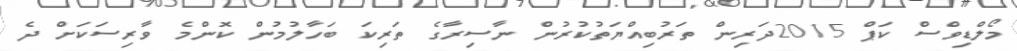
މޯލްޑިވްސް ކަޕް 2015ދަރިން ތަރުބިއްޔަތުކުރުން ނާސިރާގެ ތަރިކަ ބަހާލުމުން ކޮންމެ ވާރިސަކަށް ދެ